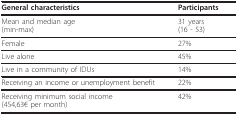
| General characteristics | Participants |
 | --- | --- |
 | Mean and median age(min-max) | 31 years(16 - 53) |
 | Female | 27% |
 | Live alone | 45% |
 | Live in a community of IDUs | 14% |
 | Receiving an income or unemployment benefit | 22% |
 | Receiving minimum social income(454,63€ per month) | 42% |